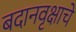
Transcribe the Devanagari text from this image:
बदानवृक्षाचे